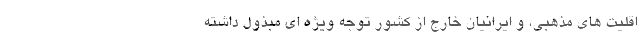
اقلیت های مذهبی، و ایرانیان خارج از کشور توجه ویژه ای مبذول داشته